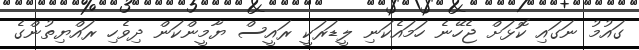
ގައުމު ނަގައި ކޮޅަށް ޖެހޭނެ ހަމައެކަނި ލީޑަރަކީ ރައީސް ޔާމީންކަން ދިވެހި ރައްޔިތުންގެ